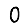
Digit: 0